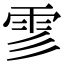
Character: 𩁺